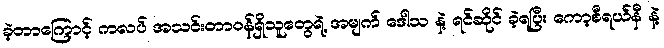
ခဲ့တာကြောင့် ကလပ် အသင်းတာဝန်ရှိသူတွေရဲ့ အမျက် ဒေါသ နဲ့ ရင်ဆိုင် ခဲ့ရပြီး ကော့စီရယ်နီ နဲ့